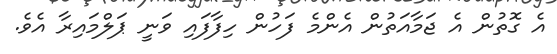
އެ ގޮތުން އެ ޖަމާއަތުން އެންމެ ފަހުން ހިފާފައި ވަނީ ޕަލްމައިރާ އެވެ.